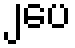
၂ပေ